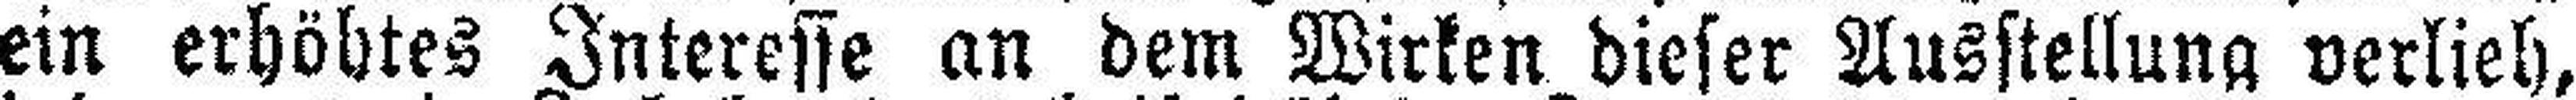
ein erhöhtes Interesse an dem Wirken dieser Ausstellung verlieh,